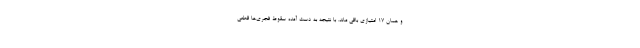
و همان 17 امتیازی باقی ماند. با نتیجه به دست آمده سقوط فجری‌ها قطعی